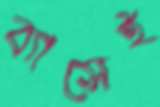
ব্যাসেই